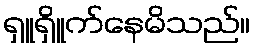
ရှူရှိူက်နေမိသည်။